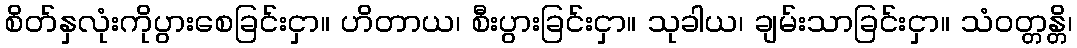
စိတ်နှလုံးကိုပွားစေခြင်းငှာ။ ဟိတာယ၊ စီးပွားခြင်းငှာ။ သုခါယ၊ ချမ်းသာခြင်းငှာ။ သံဝတ္တန္တိ၊